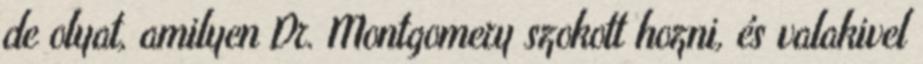
de olyat, amilyen Dr. Montgomery szokott hozni, és valakivel